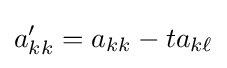
a'_{kk}=a_{kk}-ta_{k\ell }\,\!